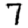
Digit: 7